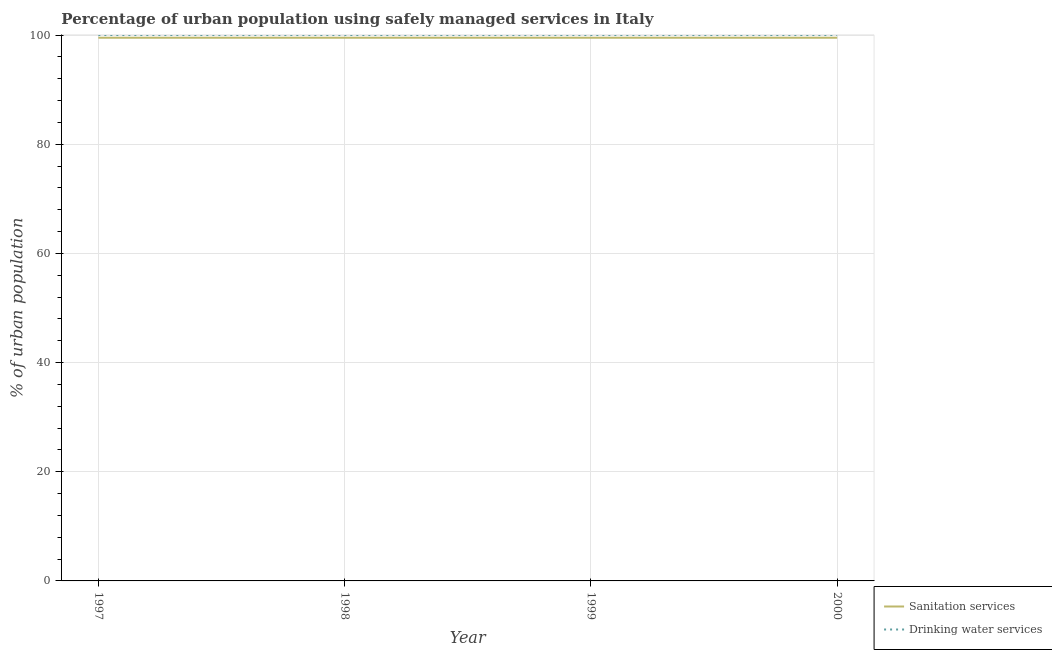
| Year | Sanitation services | Drinking water services |
 | --- | --- | --- |
 | 1997 | 99.5 | 100 |
 | 1998 | 99.5 | 100 |
 | 1999 | 99.5 | 100 |
 | 2000 | 99.5 | 100 |